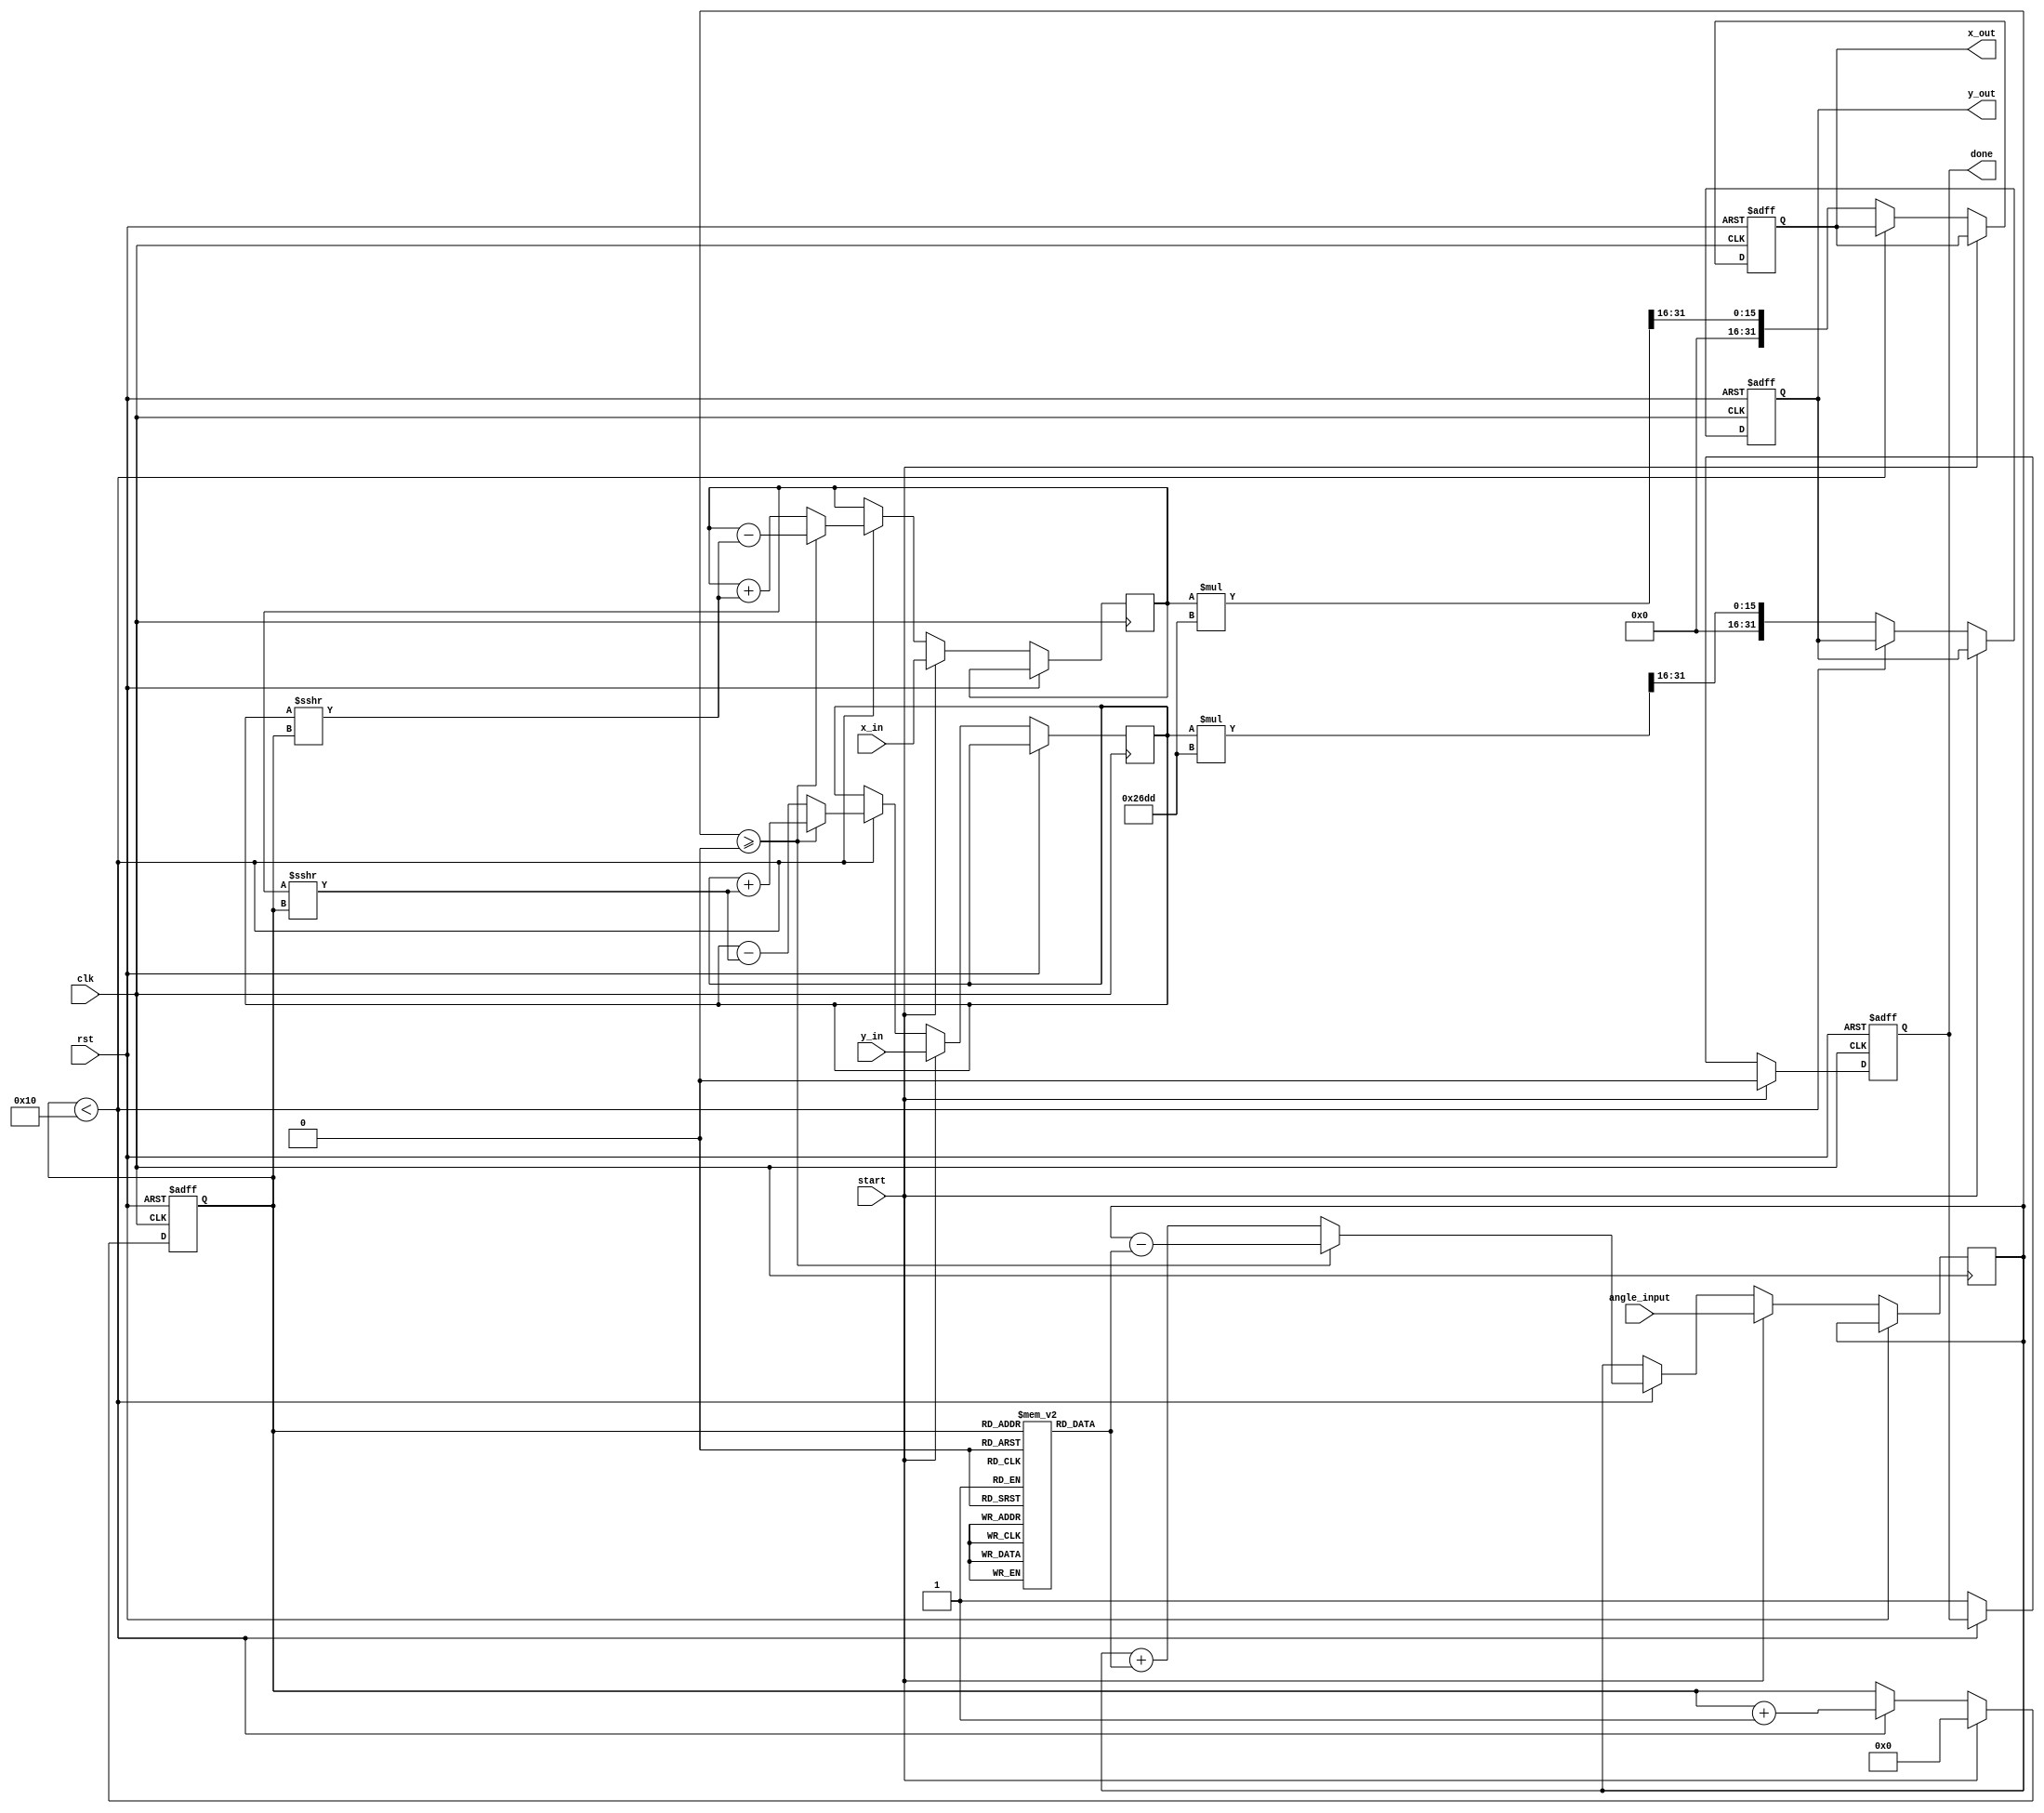
module cordic(
    input wire clk,
    input wire rst,
    input wire start,
    input wire [31:0] angle_input, // Input angle in fixed-point representation
    input wire [31:0] x_in,         // Input X coordinate
    input wire [31:0] y_in,         // Input Y coordinate
    output reg [31:0] x_out,        // Output X coordinate (cosine)
    output reg [31:0] y_out,        // Output Y coordinate (sine)
    output reg done                 // Done signal
);

    // Parameters
    parameter N = 16;               // Number of iterations
    parameter FIXED_POINT_SHIFT = 16; // Fixed-point representation shift
    parameter K = 16'h26DD;         // Scaling factor (K = 1/sqrt(1 + 2^(-2)))

    // CORDIC angle lookup table (arctan(2^-i) in fixed-point)
    reg [31:0] atan_table [0:N-1];
    initial begin
        atan_table[0] = 32'h20000000; // atan(1) = pi/4
        atan_table[1] = 32'h19999999; // atan(0.5) = pi/6
        atan_table[2] = 32'h13333333; // atan(0.333...) = pi/12
        // Fill in remaining atan values...
    end

    // State variables
    reg [31:0] x_reg, y_reg, angle_reg;
    reg [3:0] iteration_count;
    reg [31:0] angle_shifted;

    // Control logic
    always @(posedge clk or posedge rst) begin
        if (rst) begin
            x_out <= 32'd0;
            y_out <= 32'd0;
            done <= 1'b0;
            iteration_count <= 4'd0;
        end else if (start) begin
            // Initialize registers
            x_reg <= x_in;
            y_reg <= y_in;
            angle_reg <= angle_input;
            iteration_count <= 4'd0;
            done <= 1'b0;
        end else if (iteration_count < N) begin
            // Perform rotation
            angle_shifted = angle_reg >>> FIXED_POINT_SHIFT;

            if (angle_reg >= 0) begin
                x_reg <= x_reg - (y_reg >>> iteration_count);
                y_reg <= y_reg + (x_reg >>> iteration_count);
                angle_reg <= angle_reg - atan_table[iteration_count];
            end else begin
                x_reg <= x_reg + (y_reg >>> iteration_count);
                y_reg <= y_reg - (x_reg >>> iteration_count);
                angle_reg <= angle_reg + atan_table[iteration_count];
            end

            iteration_count <= iteration_count + 1;
        end else begin
            // Final output
            x_out <= (x_reg * K) >>> FIXED_POINT_SHIFT; // Scale the output
            y_out <= (y_reg * K) >>> FIXED_POINT_SHIFT; // Scale the output
            done <= 1'b1; // Indicate completion
        end
    end

endmodule